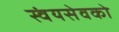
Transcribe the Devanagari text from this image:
स्वंयसेवको